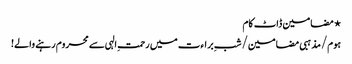
⋆ مضامین ڈاٹ کام
ہوم/مذہبی مضامین/شبِ براءت میں رحمتِ الہی سے محروم رہنے والے!